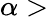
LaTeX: \alpha>